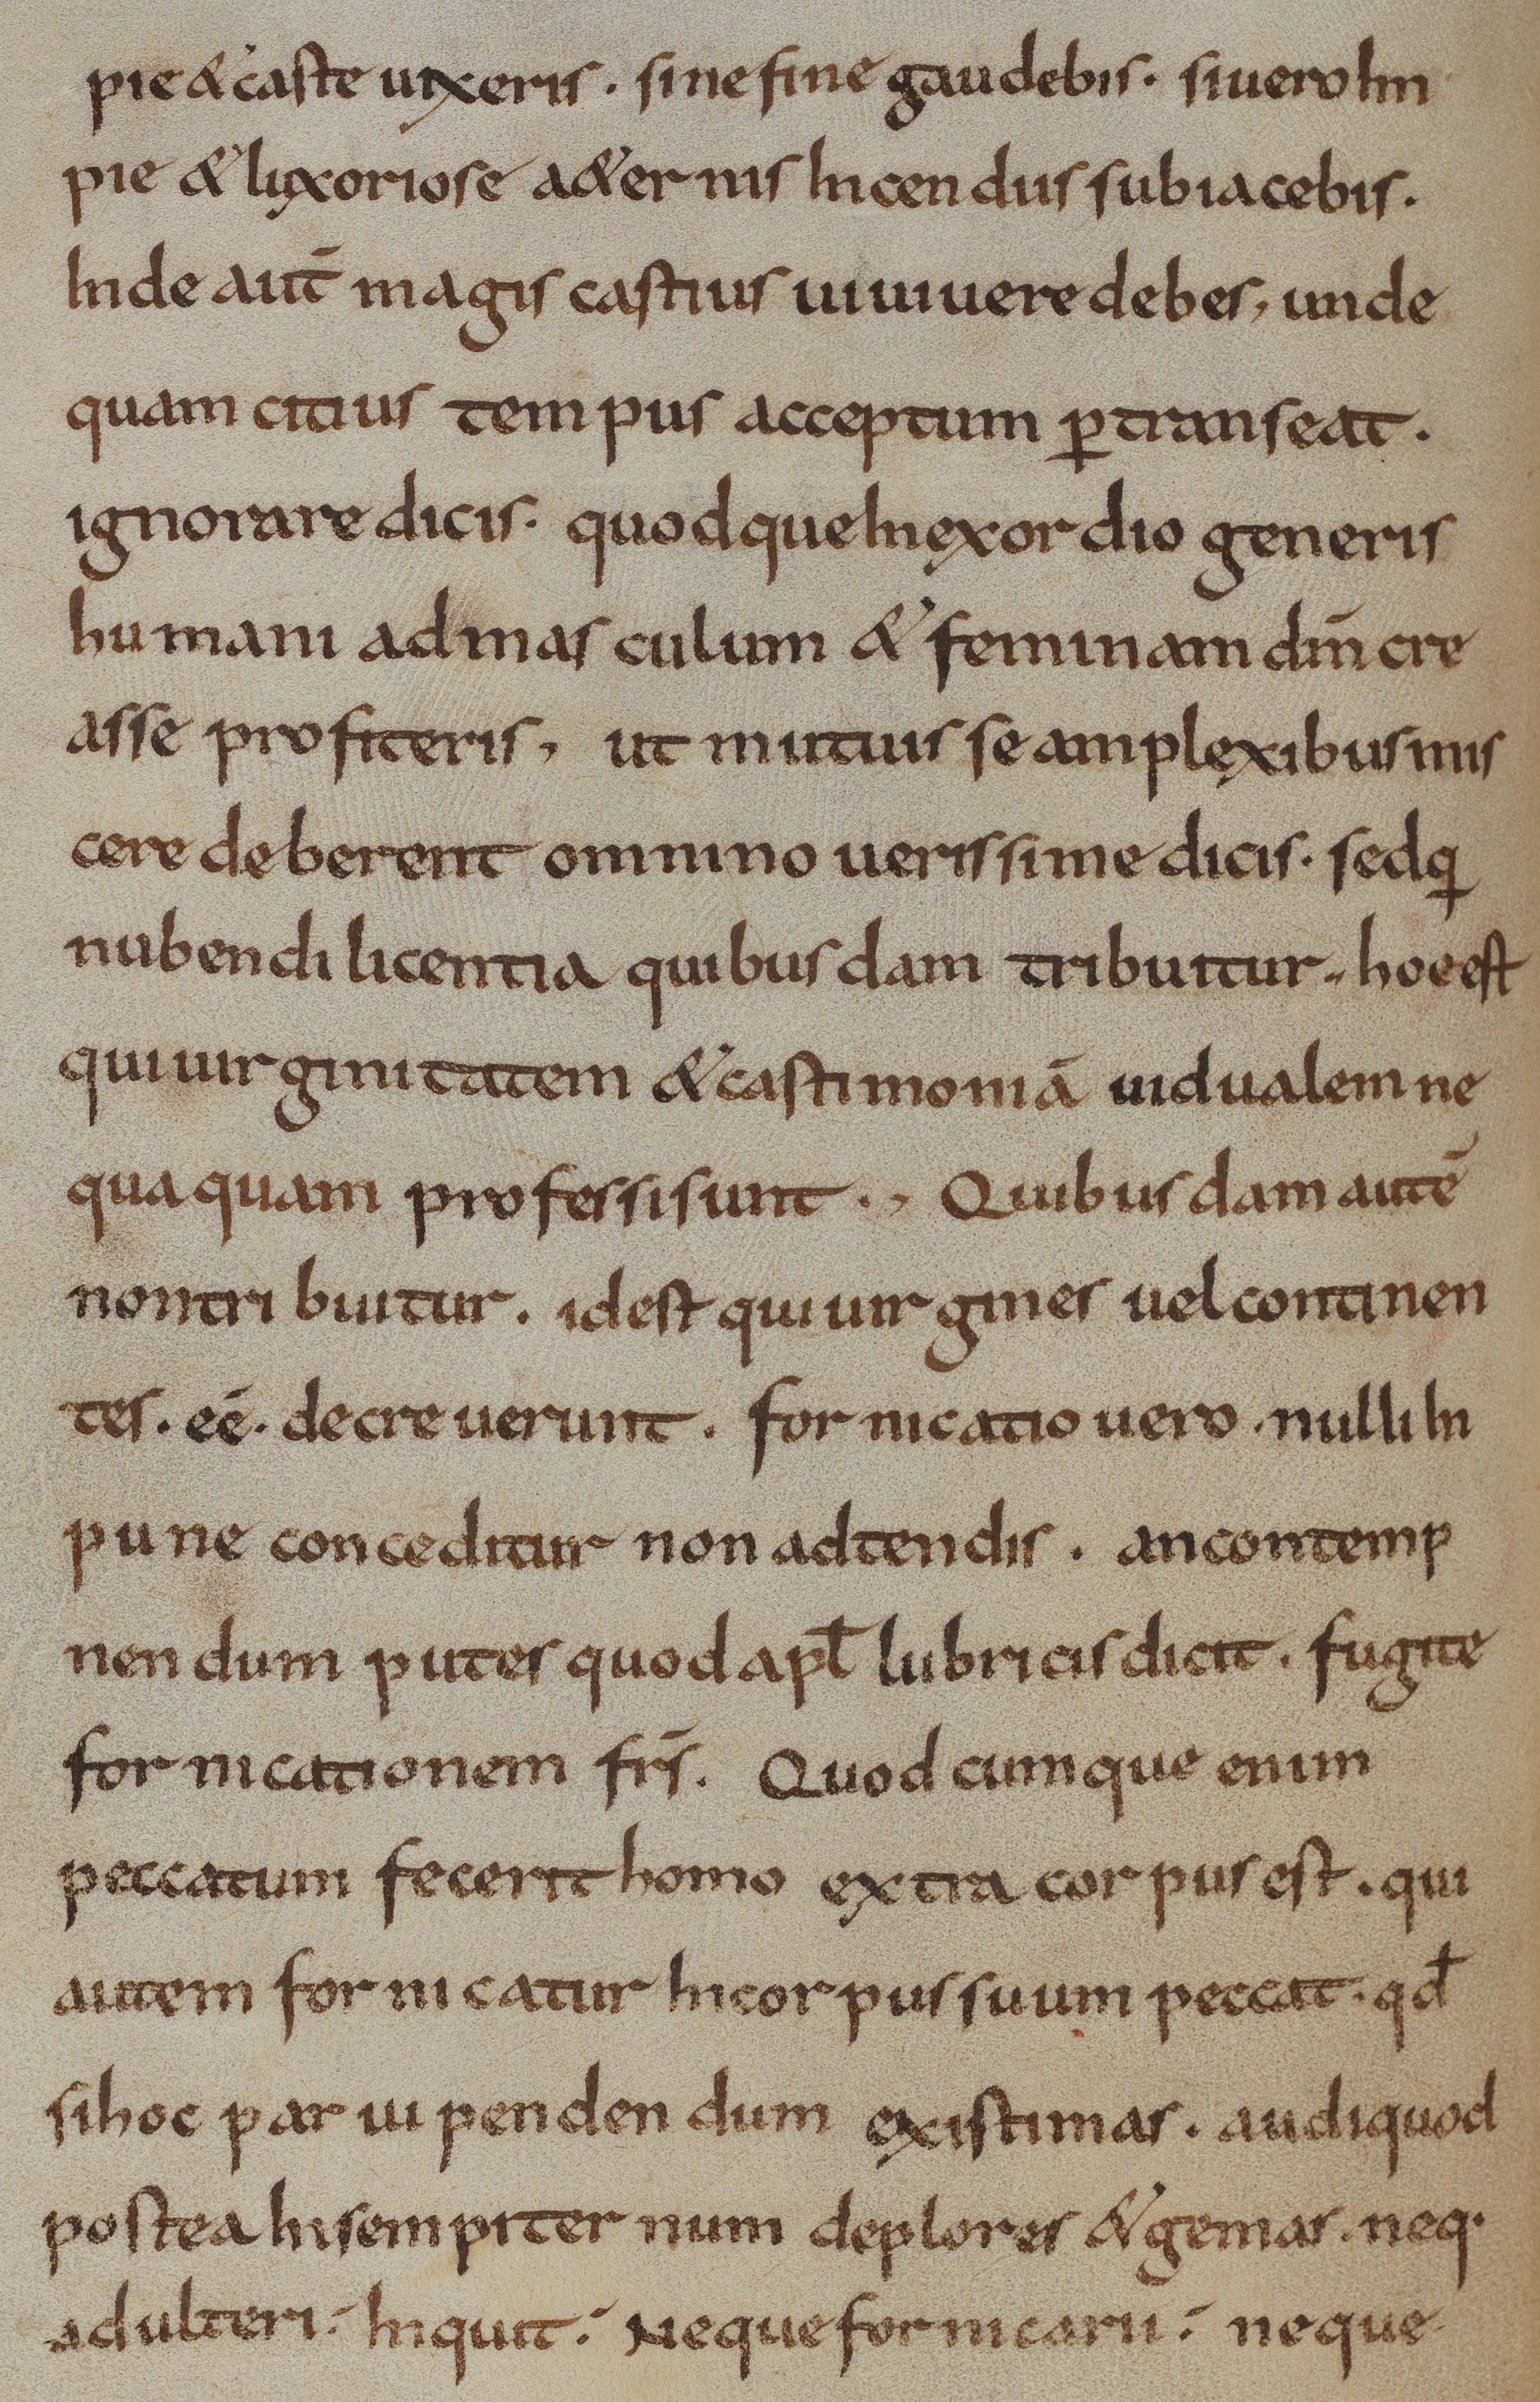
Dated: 800–824